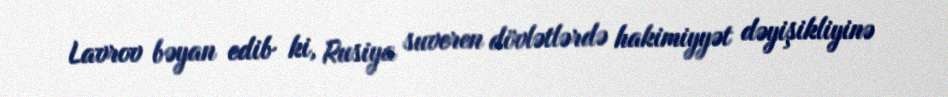
Lavrov bəyan edib ki, Rusiya suveren dövlətlərdə hakimiyyət dəyişikliyinə